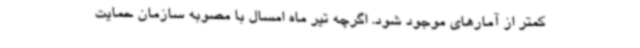
کمتر از آمارهای موجود شود. اگرچه تیر ماه امسال با مصوبه سازمان حمایت